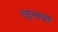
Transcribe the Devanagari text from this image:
लुनावा